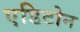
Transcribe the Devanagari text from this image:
एडिटोन